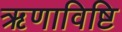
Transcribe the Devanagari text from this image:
ऋणाविष्टि